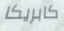
كابريكا